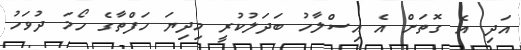
އަދި އެ ގޮތަށް އެ އިސްލާހު ބަދަލުކުރީ މިދިޔަ ހަފްތާގެ ހޯމަ ދުވަހު